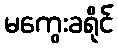
မကွေးခရိုင်